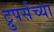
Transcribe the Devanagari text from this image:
ट्रुपर्सच्या